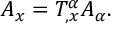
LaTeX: { \cal A } _ { x } = T _ { , x } ^ { \alpha } { \cal A } _ { \alpha } .